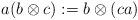
LaTeX: \begin{align*}a(b\otimes c) : = b\otimes (ca)\end{align*}